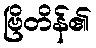
ဗြိတိန်၏